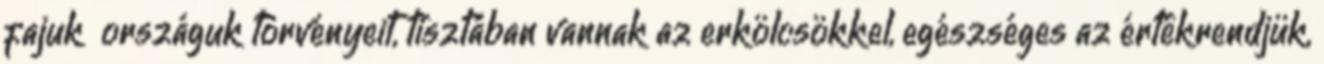
fajuk országuk törvényeit, tisztában vannak az erkölcsökkel, egészséges az értékrendjük,